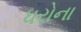
ધરોના